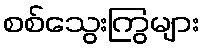
စစ်သွေးကြွများ